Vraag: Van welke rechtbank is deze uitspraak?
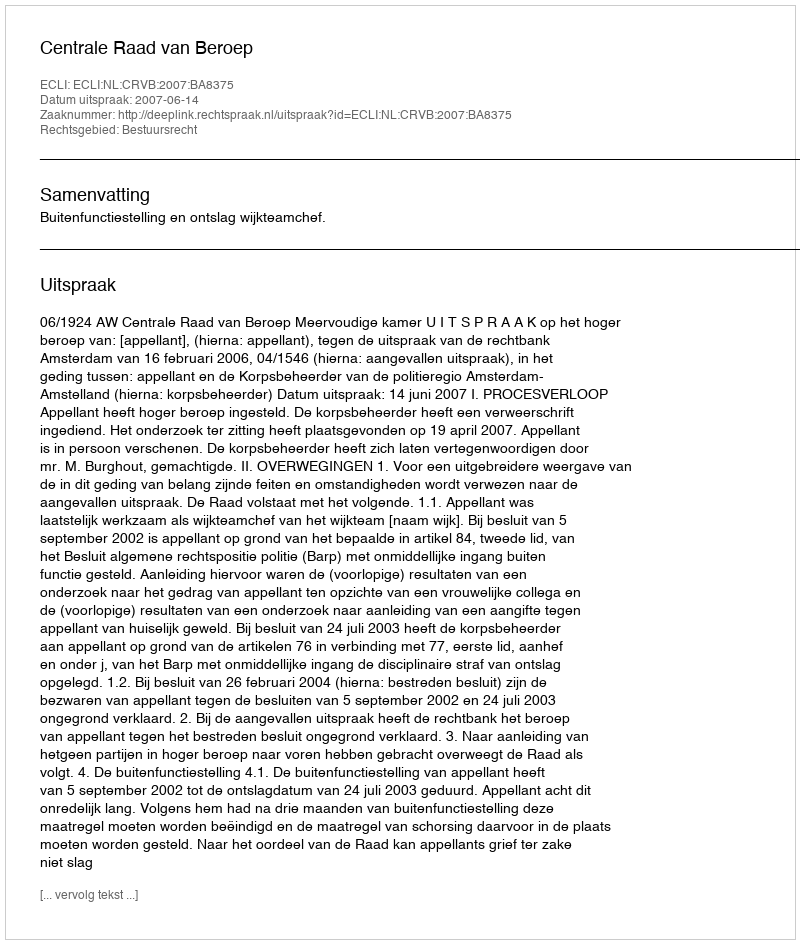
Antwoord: Centrale Raad van Beroep